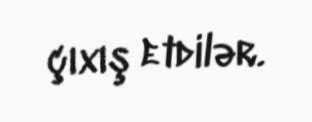
çıxış etdilər.